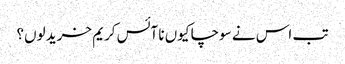
تب اس نے سوچا کیوں نا آئس کریم خرید لوں؟